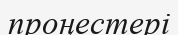
проңестері